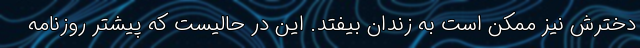
دخترش نیز ممکن است به زندان بیفتد. این در حالیست که پیشتر روزنامه